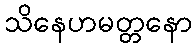
သိနေဟမတ္တနော